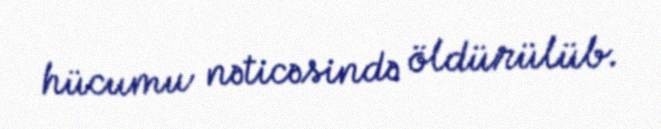
hücumu nəticəsində öldürülüb.